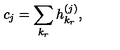
c _ { j } = \sum _ { k _ { r } } h _ { k _ { r } } ^ { ( j ) } ,